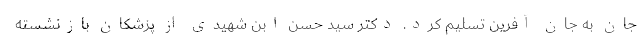
جان به جان آفرین تسلیم کرد. دکتر سید حسن ابن شهیدی از پزشکان بازنشسته